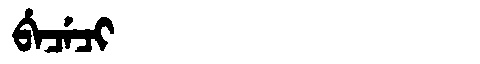
Manchu: ᠪᡝᠴᡝᠴᡳ
Romanization: BECECI